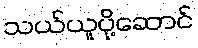
သယ်ယူပို့ဆောင်